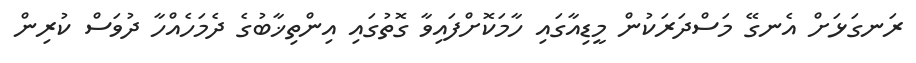
ރަނގަޅަށް އެނގޭ މަސްދަރަކުން މީޑިއާގައި ހާމަކޮށްފައިވާ ގޮތުގައި އިންތިޚާބުގެ ދެމަހެއްހާ ދުވަސް ކުރިން